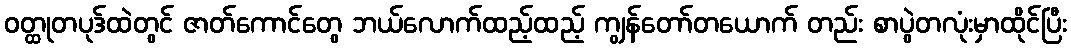
ဝတ္ထုတပုဒ်ထဲတွင် ဇာတ်ကောင်တွေ ဘယ်လောက်ထည့်ထည့် ကျွန်တော်တယောက် တည်း စာပွဲတလုံးမှာထိုင်ပြီး